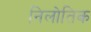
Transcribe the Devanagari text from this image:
निलोतिक